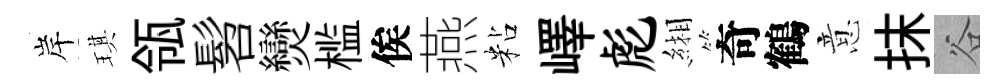
岸琪瓴髫𤓖槛俟燕粘嶧彪緗奇鶴意抹谷